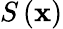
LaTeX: S\left(\mathbf{x}\right)